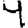
Digit: 4